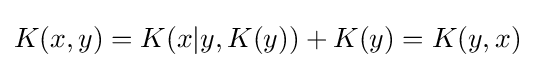
K(x,y)=K(x|y,K(y))+K(y)=K(y,x)